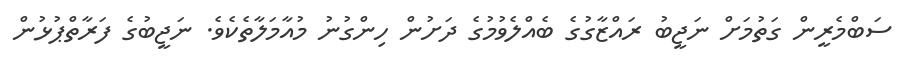
ސަބްމެރީން ގަތުމަށް ނަޖީބު ރައްޒާގުގެ ބެއްލެވުމުގެ ދަށުން ހިންގުނު މުއާމަލާތެކެވެ. ނަޖީބުގެ ފަރާތްޕުޅުން